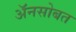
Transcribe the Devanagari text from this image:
अॅनसोबत